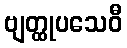
ဗျတ္ထုပသေဝီ